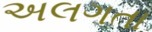
અલગતા